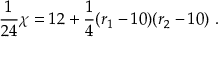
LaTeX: { \frac { 1 } { 2 4 } } \chi = 1 2 + { \frac { 1 } { 4 } } ( r _ { 1 } - 1 0 ) ( r _ { 2 } - 1 0 ) ~ .